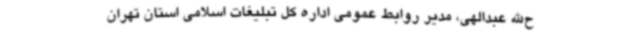
ح‌الله عبدالهی، مدیر روابط عمومی اداره کل تبلیغات اسلامی استان تهران